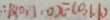
\therefore B ( 0 , 1 , 0 ) E ( 0 , 1 , 1 )